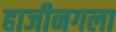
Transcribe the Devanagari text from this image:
हाजीनगला